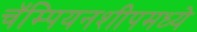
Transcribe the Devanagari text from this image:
चॅम्पियनशीपमध्ये